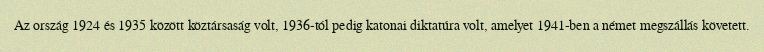
Az ország 1924 és 1935 között köztársaság volt, 1936-tól pedig katonai diktatúra volt, amelyet 1941-ben a német megszállás követett.